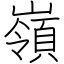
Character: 嶺